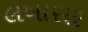
લખાસર